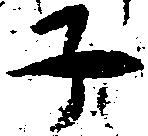
子